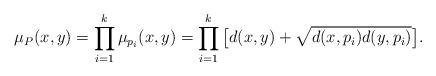
LaTeX: \begin{align*}\mu_P(x,y)=\prod_{i=1}^{k}\mu_{p_i}(x,y)=\prod_{i=1}^{k}\big[d(x,y)+\sqrt{d(x,p_i)d(y,p_i)}\big].\end{align*}